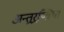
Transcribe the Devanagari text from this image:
अन्तर्‍र्रष्त्रिया